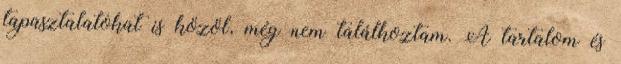
tapasztalatokat is közöl, még nem találkoztam. A tartalom és